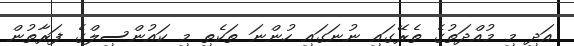
އަދި މި މުއްދަތުގެ ތެރޭގައި ނުނަގައި ހުންނަ ތަކެތި މި ކައުންސިލްގެ ފަރާތުން